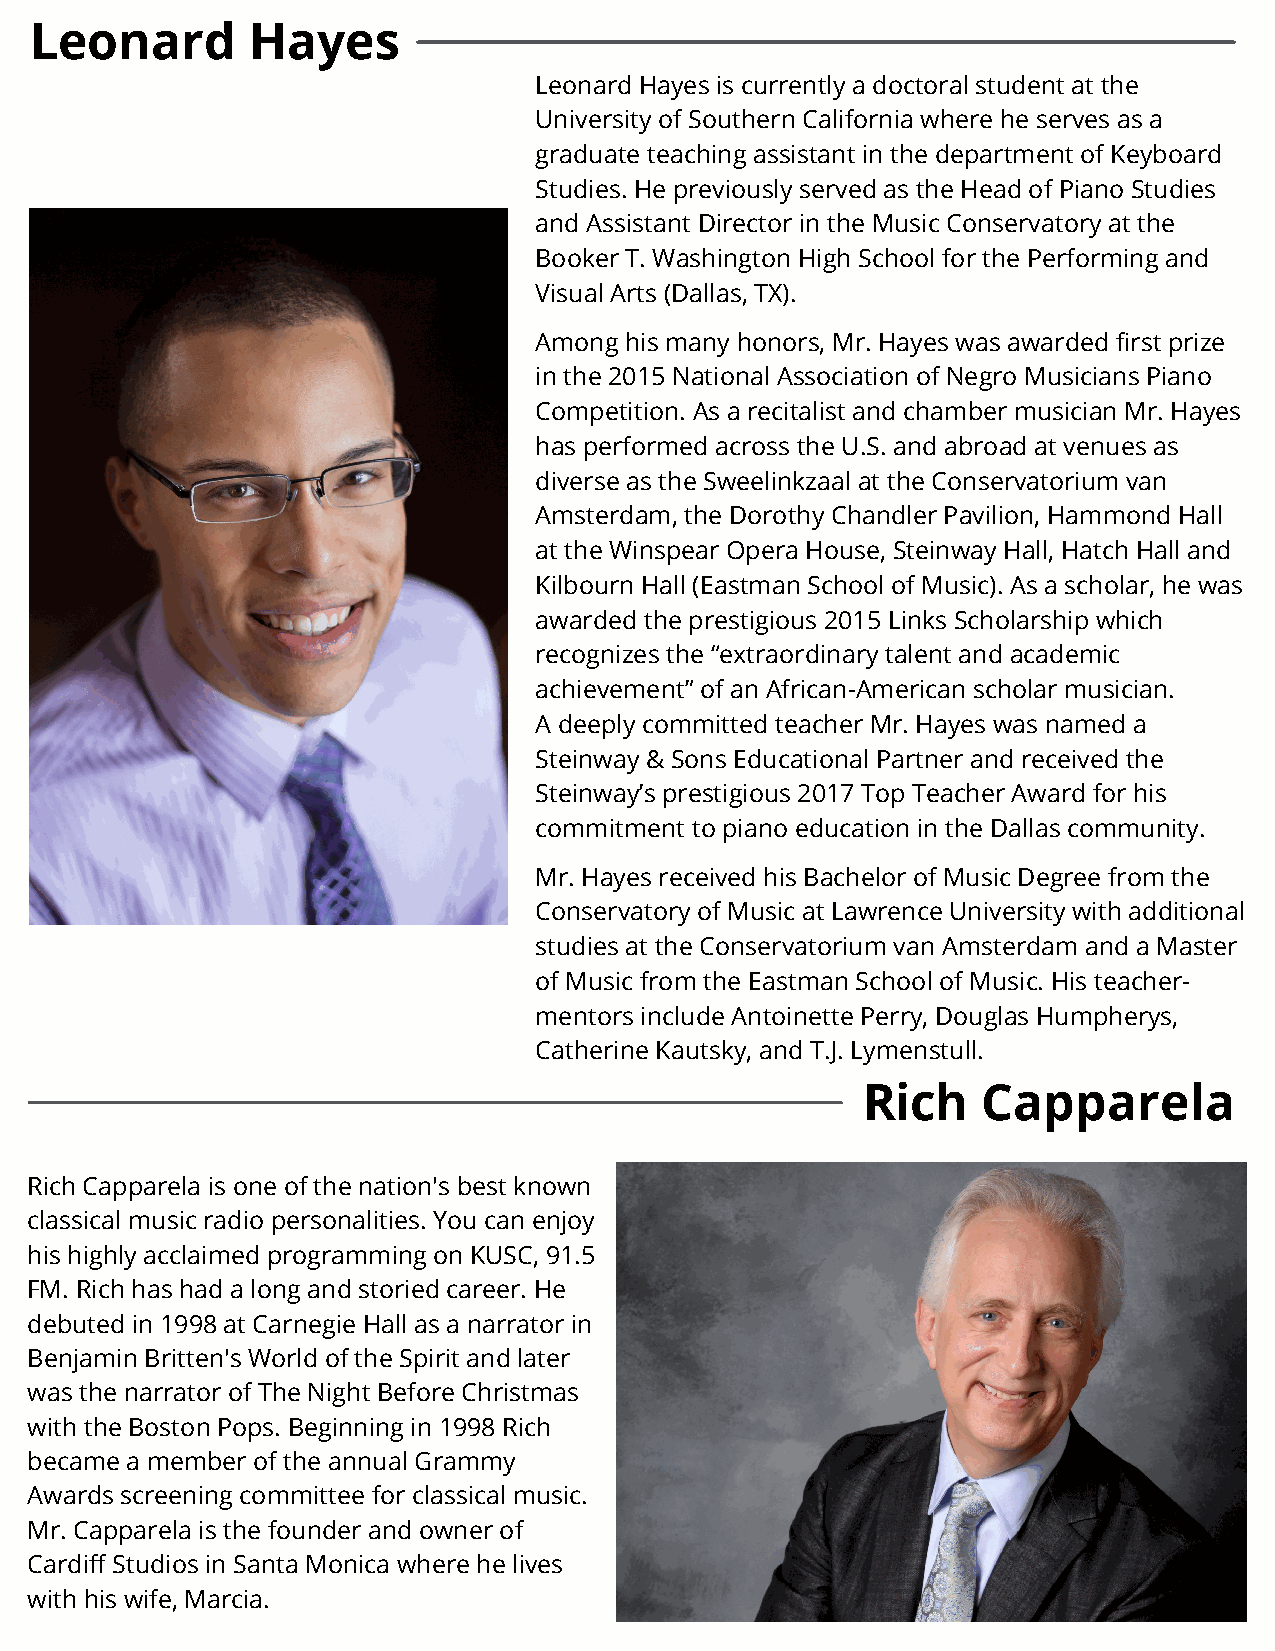
Leonard       Hayes
 Leonard Hayes is currently a doctoral student at the
 University of Southern California where he serves as a
 graduate teaching assistant in the department of Keyboard
 Studies. He previously served as the Head of Piano Studies
 and Assistant Director in the Music Conservatory at the
 Booker T. Washington High School for the Performing and
 Visual Arts (Dallas, TX).
 Among his many honors, Mr. Hayes was awarded first prize
 in the 2015 National Association of Negro Musicians Piano
 Competition. As a recitalist and chamber musician Mr. Hayes
 has performed across the U.S. and abroad at venues as
 diverse as the Sweelinkzaal at the Conservatorium van
 Amsterdam, the Dorothy Chandler Pavilion, Hammond Hall
 at the Winspear Opera House, Steinway Hall, Hatch Hall and
 Kilbourn Hall (Eastman School of Music). As a scholar, he was
 awarded the prestigious 2015 Links Scholarship which
 recognizes the “extraordinary talent and academic
 achievement” of an African-American scholar musician.
 A deeply committed teacher Mr. Hayes was named a
 Steinway & Sons Educational Partner and received the
 Steinway’s prestigious 2017 Top Teacher Award for his
 commitment to piano education in the Dallas community.
 Mr. Hayes received his Bachelor of Music Degree from the
 Conservatory of Music at Lawrence University with additional
 studies at the Conservatorium van Amsterdam and a Master
 of Music from the Eastman School of Music. His teacher-
 mentors include Antoinette Perry, Douglas Humpherys,
 Catherine Kautsky, and T.J. Lymenstull.
 Rich    Capparela
 Rich Capparela is one of the nation's best known
 classical music radio personalities. You can enjoy
 his highly acclaimed programming on KUSC, 91.5
 FM. Rich has had a long and storied career. He
 debuted in 1998 at Carnegie Hall as a narrator in
 Benjamin Britten's World of the Spirit and later
 was the narrator of The Night Before Christmas
 with the Boston Pops. Beginning in 1998 Rich
 became a member of the annual Grammy
 Awards screening committee for classical music.
 Mr. Capparela is the founder and owner of
 Cardiff Studios in Santa Monica where he lives
 with his wife, Marcia.